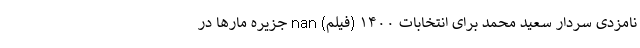
نامزدی سردار سعید محمد برای انتخابات ۱۴۰۰ (فیلم) nan جزیره مارها در